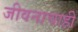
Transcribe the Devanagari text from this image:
जीवनाचाही